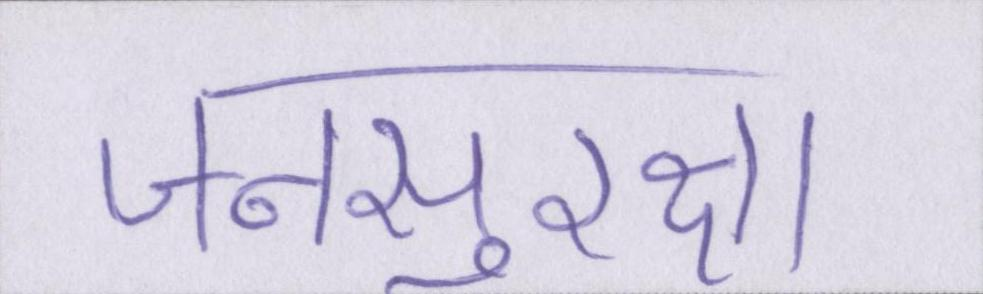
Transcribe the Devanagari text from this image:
जनसुरक्षा